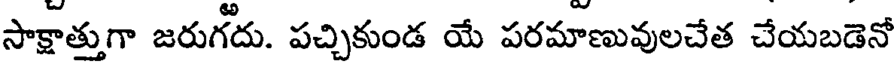
సాక్షాత్తుగా జరుగదు. పచ్చికుండ యే పరమాణువులచేత చేయబడెనో